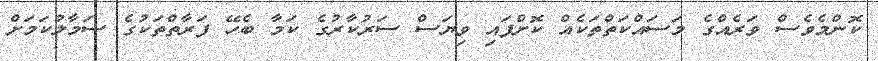
ކޮންމެވެސް ވަރެއްގެ މަސައްކަތްތަކެއް ކޮށްފައި ވިޔަސް ސަރުކާރުގެ ކަމާ ބެހޭ ފަރާތްތަކުގެ ސަމާލުކަމަށް